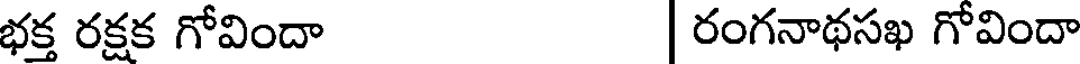
భక్త రక్షక గోవిందా రంగనాథసఖ గోవిందా